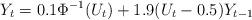
LaTeX: \begin{align*} Y_t = 0.1 \Phi^{-1}(U_t) +1.9(U_t-0.5) Y_{t-1}\end{align*}